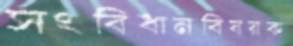
সংবিধানবিষয়ক